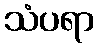
သံပရာ